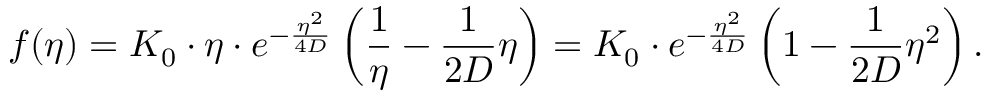
f ( \eta ) = K _ { 0 } \cdot \eta \cdot e ^ { - \frac { \eta ^ { 2 } } { 4 D } } \left( \frac { 1 } { \eta } - \frac { 1 } { 2 D } \eta \right) = K _ { 0 } \cdot e ^ { - \frac { \eta ^ { 2 } } { 4 D } } \left( 1 - \frac { 1 } { 2 D } \eta ^ { 2 } \right) .